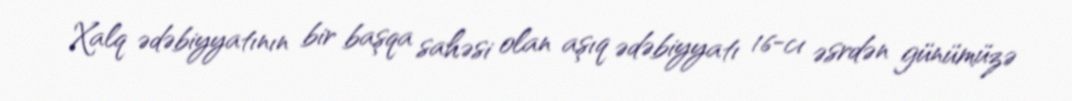
Xalq ədəbiyyatının bir başqa sahəsi olan aşıq ədəbiyyatı 16-cı əsrdən günümüzə